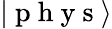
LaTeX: |\mathrm{~p~h~y~s~}\rangle